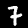
Digit: 7